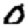
Digit: 0